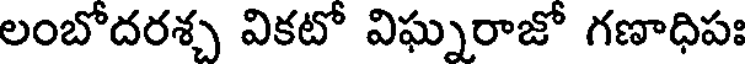
లంబోదరశ్చ వికటో విఘ్నరాజో గణాధిపః